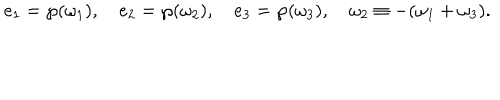
LaTeX: e _ { 1 } = \wp ( \omega _ { 1 } ) , \quad e _ { 2 } = \wp ( \omega _ { 2 } ) , \quad e _ { 3 } = \wp ( \omega _ { 3 } ) , \quad \omega _ { 2 } \equiv - ( \omega _ { 1 } + \omega _ { 3 } ) .